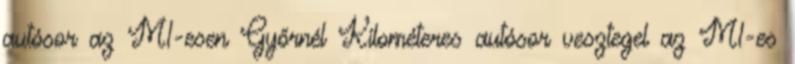
autósor az M1-esen Győrnél Kilométeres autósor vesztegel az M1-es